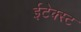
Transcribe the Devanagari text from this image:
ईटेक्स्ट